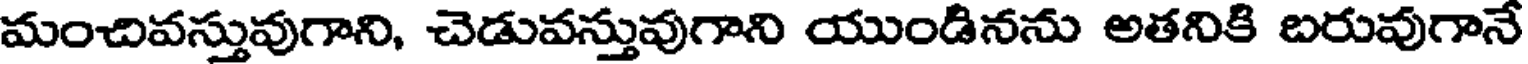
మంచివస్తువుగాని, చెడువస్తువుగాని యుండినను అతనికి బరువుగానే